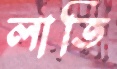
লাতি